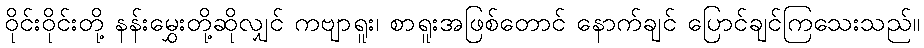
ဝိုင်းဝိုင်းတို့ နန်းမွှေးတို့ဆိုလျှင် ကဗျာရူး၊ စာရူးအဖြစ်တောင် နောက်ချင် ပြောင်ချင်ကြသေးသည်။